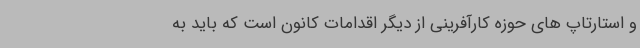
و استارتاپ های حوزه کارآفرینی از دیگر اقدامات کانون است که باید به